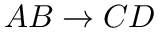
A B \to C D